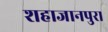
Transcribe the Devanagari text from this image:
शहाजानपुरा